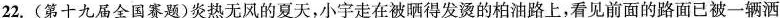
22.(第十九届全国赛题)炎热无风的夏天，小宇走在被晒得发烫的柏油路上，看见前面的路面已被一辆洒